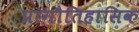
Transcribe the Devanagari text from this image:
प्रागौतिहासिक